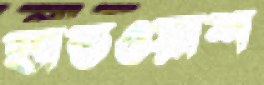
হ্যান্ডওয়াশ